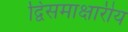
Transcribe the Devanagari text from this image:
द्विसमाक्षारीय